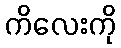
ကိလေးကို